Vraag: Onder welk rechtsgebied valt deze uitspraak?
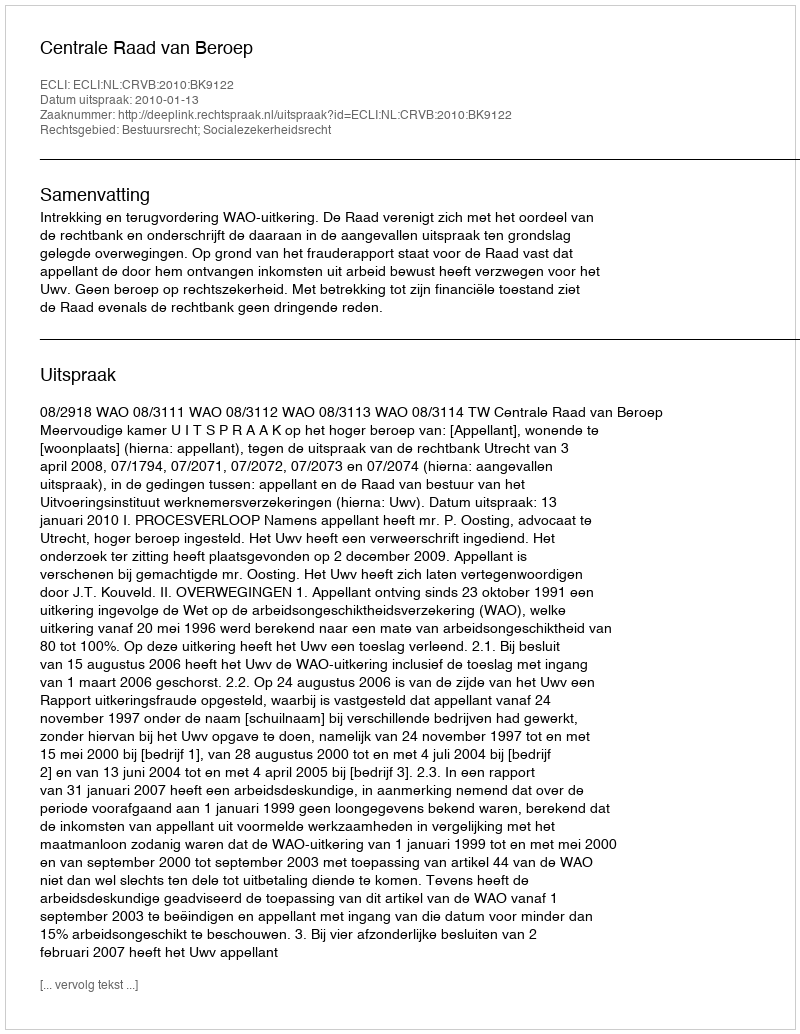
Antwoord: Bestuursrecht; Socialezekerheidsrecht